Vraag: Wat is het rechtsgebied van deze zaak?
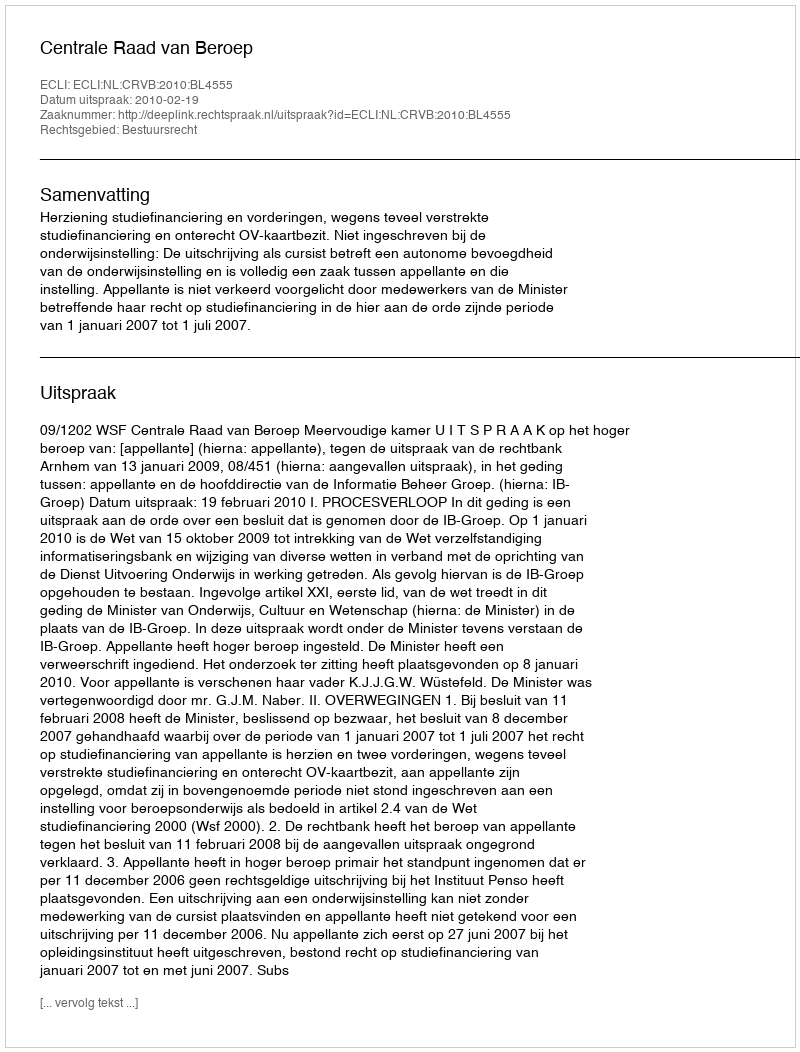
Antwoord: Bestuursrecht